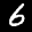
Label: 6